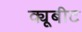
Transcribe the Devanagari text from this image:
क्यूबीट